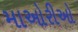
માઓરીઓ